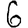
Digit: 6